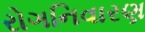
રોગનિવારણ